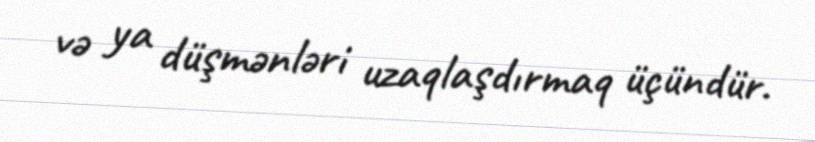
və ya düşmənləri uzaqlaşdırmaq üçündür.